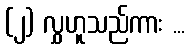
(၂) လွှဟူသည်ကား ...